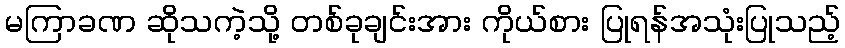
မကြာခဏ ဆိုသကဲ့သို့ တစ်ခုချင်းအား ကိုယ်စား ပြုရန်အသုံးပြုသည့်